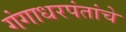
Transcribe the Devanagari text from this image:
गंगाधरपंतांचे